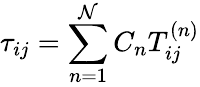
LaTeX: {\tau_{ij}}=\sum_{n=1}^{\mathcal{N}}{{C_{n}}T_{ij}^{\left(n\right)}}